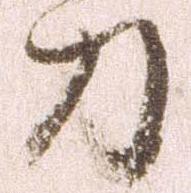
刀